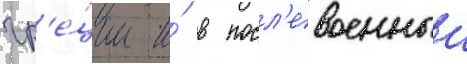
гр'е́ции и́ в посл'евоенныи